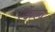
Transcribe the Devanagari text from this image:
एर्वेरएव